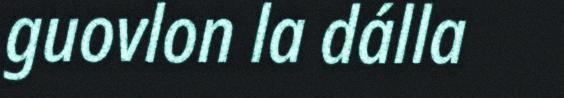
guovlon la dálla